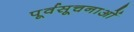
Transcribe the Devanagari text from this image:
पूर्वसूचनाओं